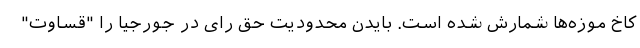
کاخ موزه‌ها شمارش شده است. بایدن محدودیت حق رای در جورجیا را "قساوت"